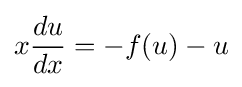
x{\frac {du}{dx}}=-f(u)-u